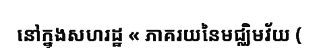
នៅក្នុងសហរដ្ឋ « ភាគរយនៃមជ្ឈិមវ័យ (